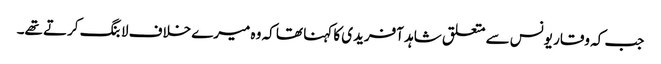
جب کہ وقار یونس سے متعلق شاہد آفریدی کا کہنا تھا کہ وہ میرے خلاف لابنگ کرتے تھے۔